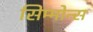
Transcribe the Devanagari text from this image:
सिम्मोन्स